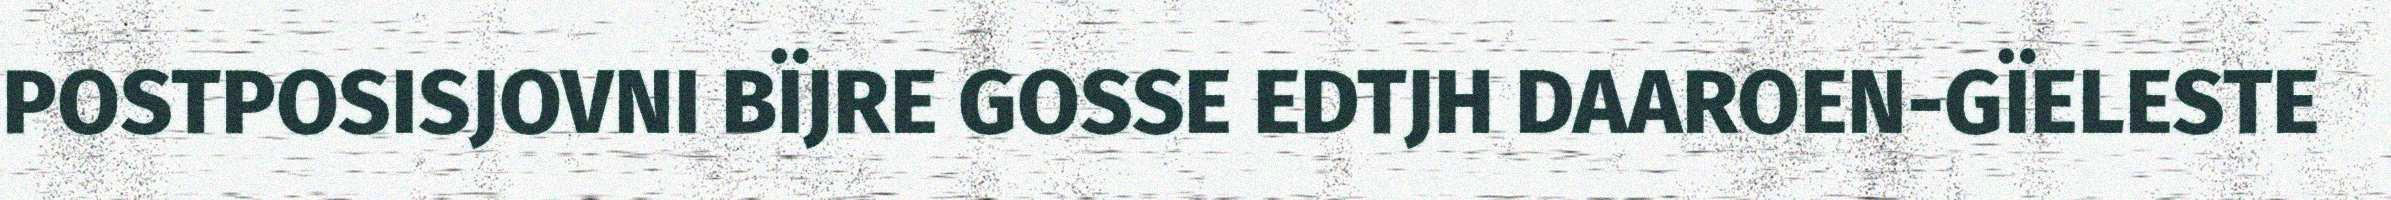
POSTPOSISJOVNI BÏJRE GOSSE EDTJH DAAROEN-GÏELESTE